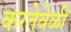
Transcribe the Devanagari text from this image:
करतेवेळीं